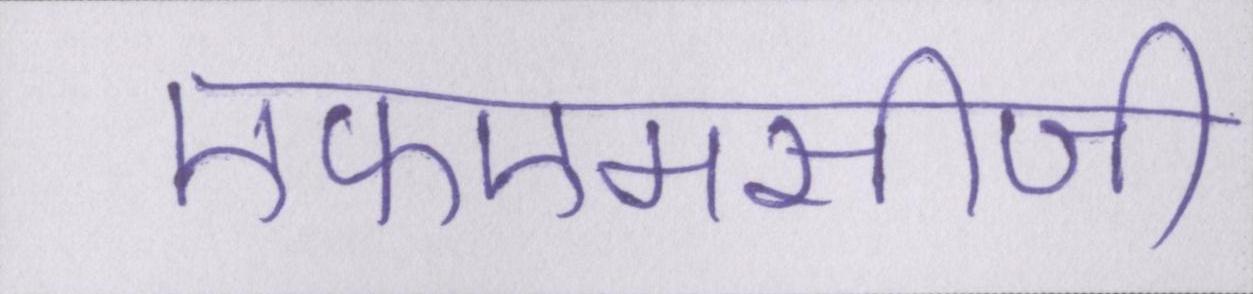
एफएमसीजी